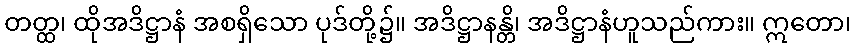
တတ္ထ၊ ထိုအဒိဋ္ဌာနံ အစရှိသော ပုဒ်တို့၌။ အဒိဋ္ဌာနန္တိ၊ အဒိဋ္ဌာနံဟူသည်ကား။ ဣတော၊